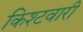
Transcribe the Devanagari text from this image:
किश्टवारी